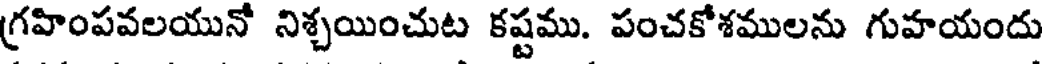
గ్రహింపవలయునో నిశ్చయించుట కష్టము. పంచకోశములను గుహయందు